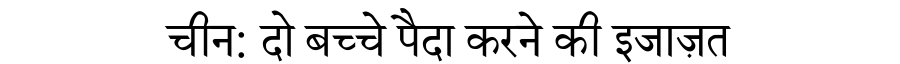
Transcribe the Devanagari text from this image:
चीन: दो बच्चे पैदा करने की इजाज़त